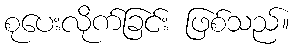
စုပေးလိုက်ခြင်း ဖြစ်သည်။